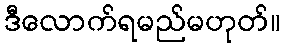
ဒီလောက်ရမည်မဟုတ်။